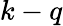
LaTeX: k-q